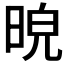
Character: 𣆿